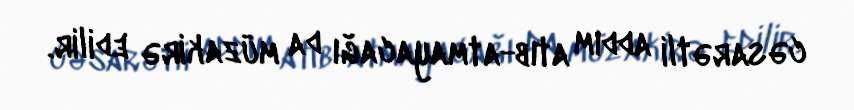
cəsarətli addım atıb-atmayacağı da müzakirə edilir.